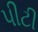
પીટી